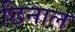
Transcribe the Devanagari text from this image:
छिनाल